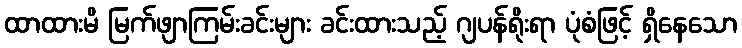
ထာထားမိ မြက်ဖျာကြမ်းခင်းများ ခင်းထားသည့် ဂျပန်ရိုးရာ ပုံစံဖြင့် ရှိနေသော